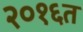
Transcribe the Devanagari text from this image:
२०१६त